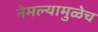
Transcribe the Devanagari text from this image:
नेमल्यामुळेच